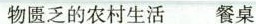
物匮乏的农村生活餐桌